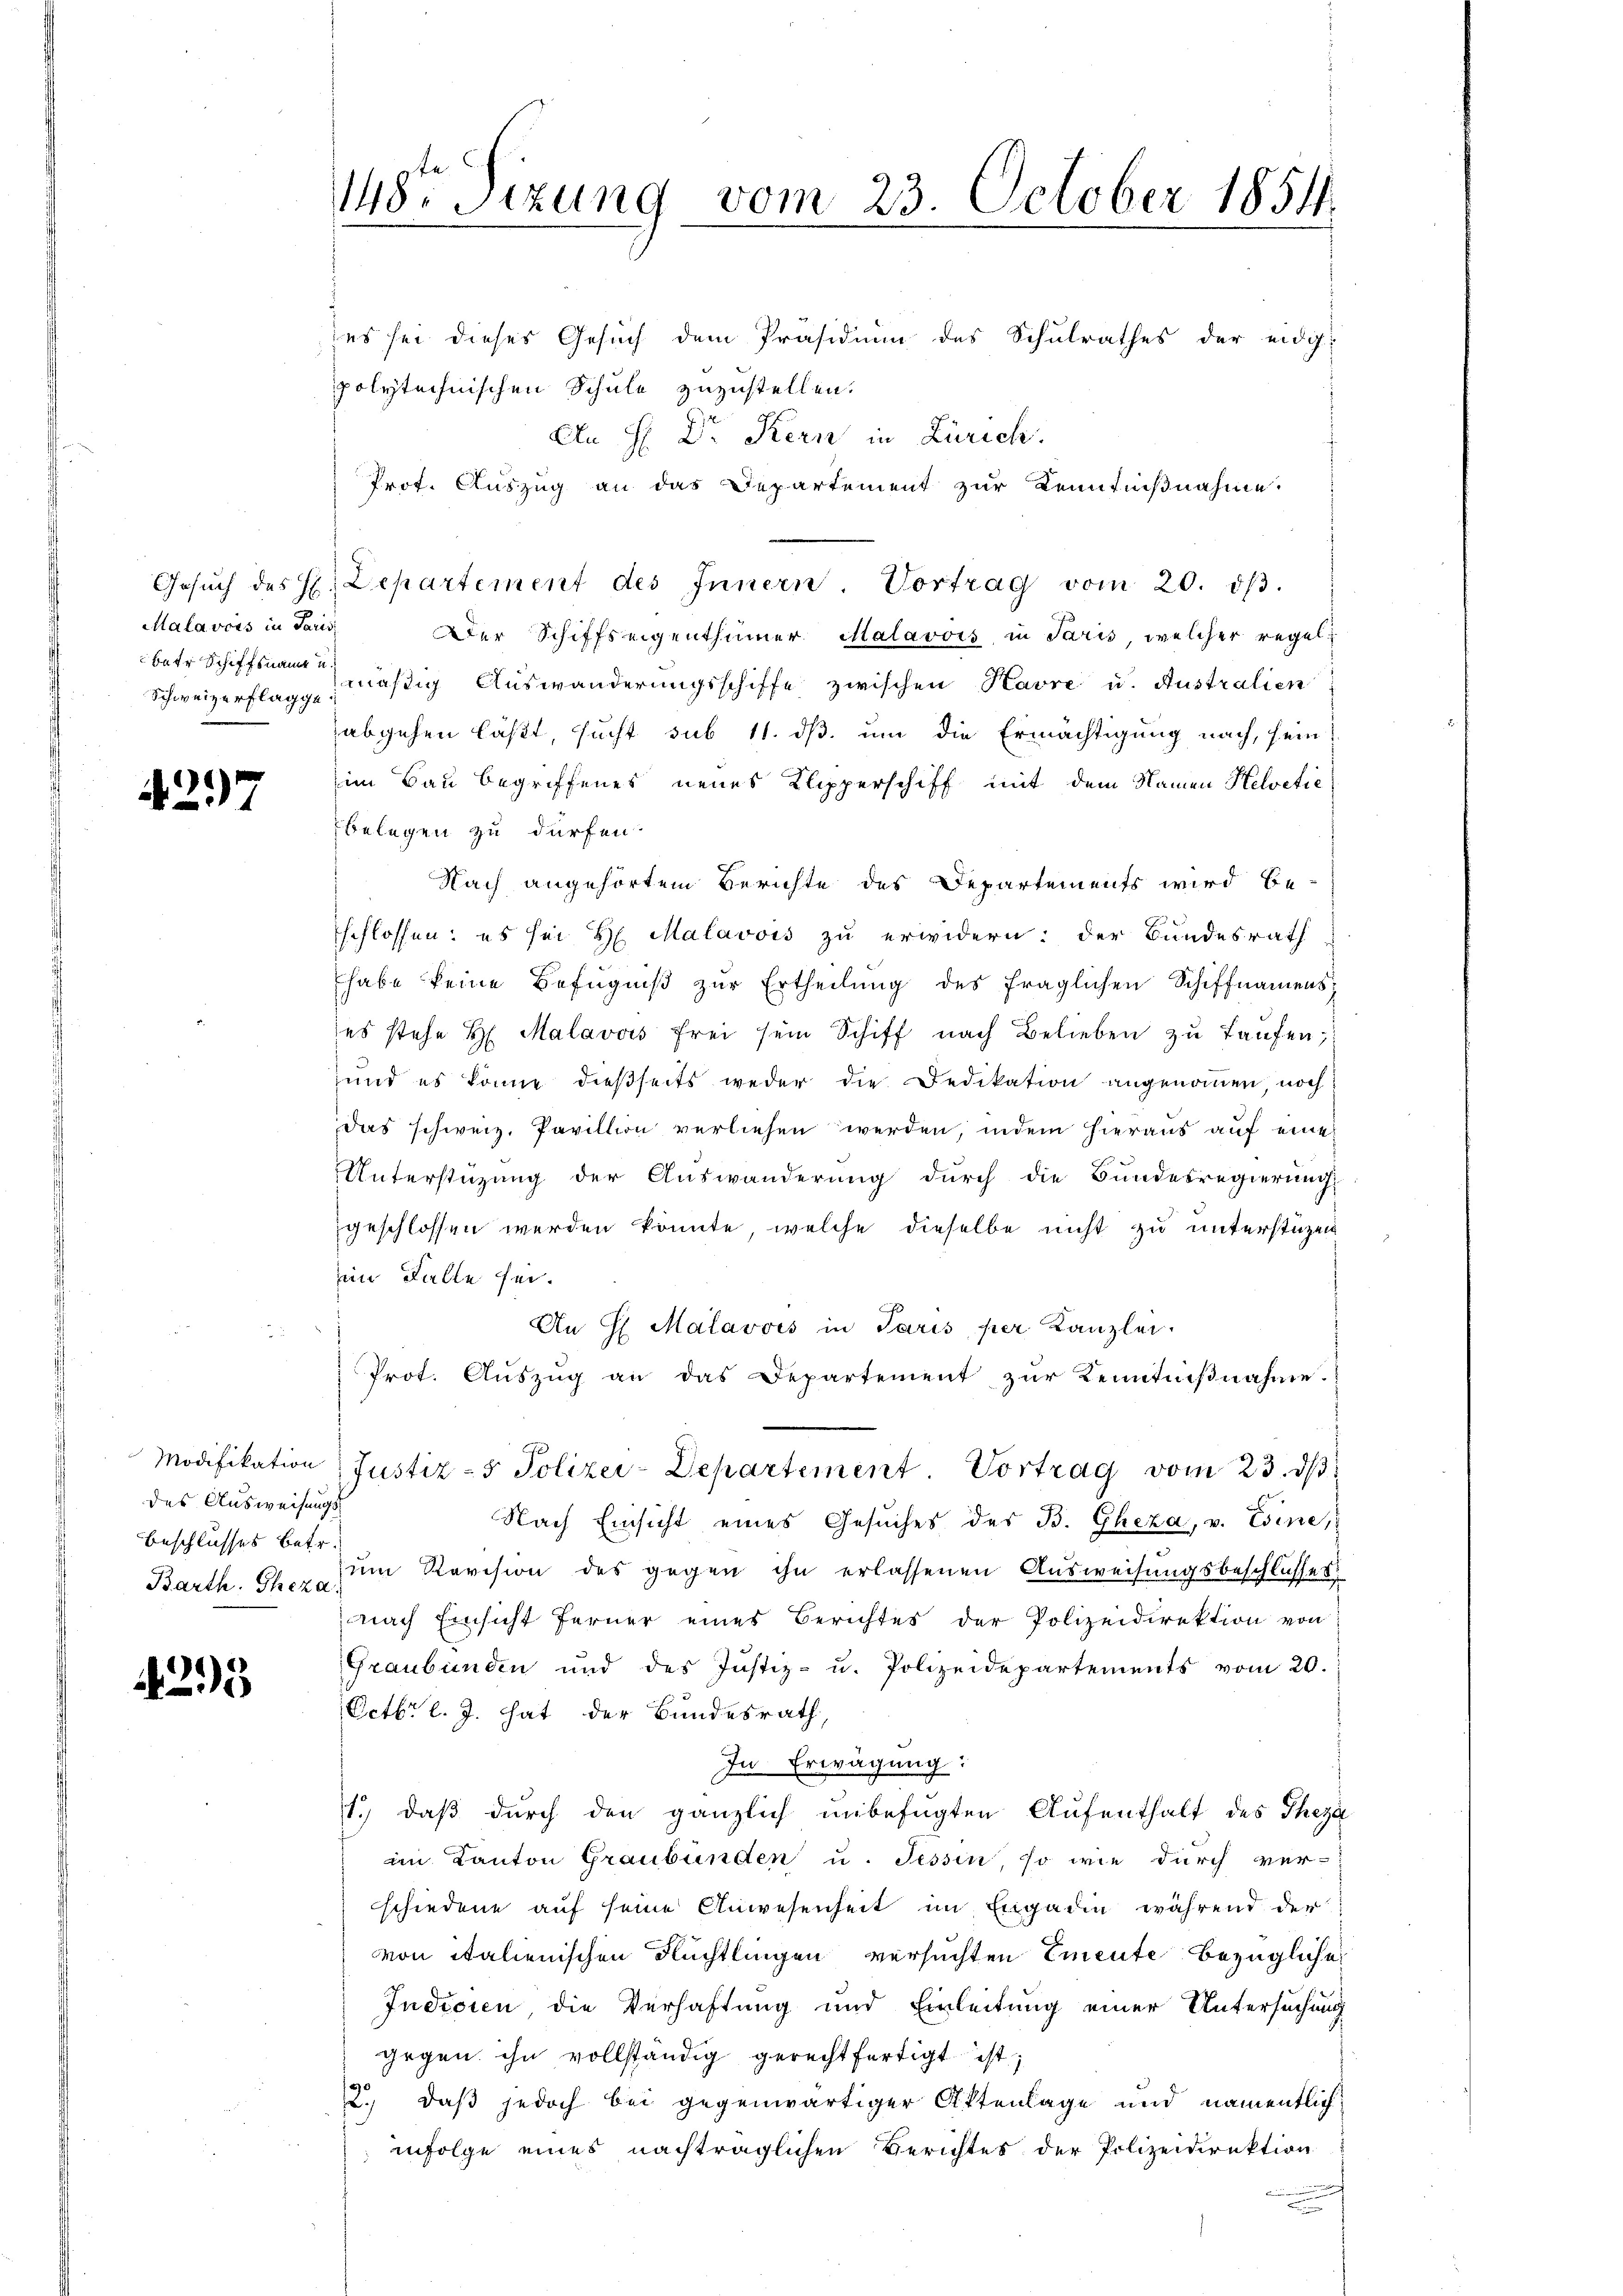
Mala vois in Paris
bete Schiffsnamen

4297

des Ausweisungs¬
Beschlusses betr.

4295

es sei dieses Gesuch dem Präsidium des Schulrathes der eidg
polytechnischen Schule zuzustellen.
An H: Dr. Kern in Zürich.
Prof. Auszug an das Departement zur Kenntnißnahme.
Gesŭch des H. Departement des Innern. Vortrag vom 20. dβ.
Der Schiffseigenthümer Malavois in Paris welcher regel-
Schweizerflage mäßig Auswanderungsschiffe zwischen Havre u. Australien
abgehen läßt, sucht sub 11. ds. um die Ermächtigung nach, sein
him Bau begriffenes neues Klipperschiff mit dem Namen Helvetie
belegen zu dürfen.
Nach angehörtem Berichte des Departements wird be-
schlossen: es sei H. Malavois zu erwidern; der Bundesrath
habe keine Befugniß zur Ertheilung des fraglichen Schiffnamens¬
(es stehe H. Malavois frei sein Schiff nach Belieben zŭ taŭfen;
und es könne dießseits weder die Dedikation angenommen, noch
das schweiz. Pavillion verliehen werden, indem hieraus auf eine
Unterstüzung der Auswanderung durch die Bundesregierŭng
geschlossen werden könnte, welche dieselbe nicht zu unterstüzen
im Falle sei.
An H. Malavois in Paris per Kanzlei.
Prot. Aŭszŭg an das Departement zŭr Kenntnißnahme.
Modifikation (Justiz- & Polizei-Departement. Vortrag vom 23. dβ
Nach Einsicht eines Gesuches des B. Gheza, v. Esine,
Barth. Ehe zum Revision des gegen ihn erlassenen Ausweisungsbeschlusses
nach Einsicht ferner eines Berichtes der Polizeidirektion von
Graubünden und des Justiz- u. Polizeidepartements vom 20.
Octbr. l. J. hat der Bundesrath,
In Erwägung:
1.) daß durch den gänzlich unbefugten Aufenthalt des Theza
an Kanton Graubünden u. Tessin, so wie durch ver-
schiedene auf seine Anwesenheit im Engadin während der
von italienischen Flüchtlingen versuchten Emente bezügliche
Indicien die Verhaftung und Einleitung einer Untersuchung
gegen ihn vollständig gerechtfertigt ist;
2., daß jedoch bei gegenwärtiger Aktenlage und namentlich
infolge eines nachträglichen Berichtes der Polizeidirektion

148 Stzung vom 23. October 1854.